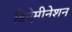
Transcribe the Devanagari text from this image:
डिऐमीनेशन